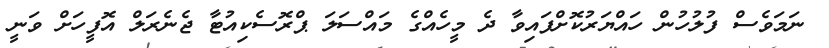
ނަމަވެސް ފުލުހުން ހައްޔަރުކޮށްފައިވާ ދެ މީހެއްގެ މައްސަލަ ޕްރޮސެކިއުޓާ ޖެނެރަލް އޮފީހަށް ވަނީ